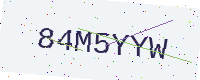
Text: 84M5YYW